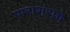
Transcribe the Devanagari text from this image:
पाराशराचे